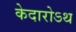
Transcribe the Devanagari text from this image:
केदारोऽथ